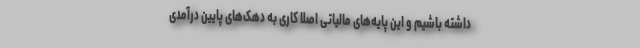
داشته باشیم و این پایه‌های مالیاتی اصلا کاری به دهک‌های پایین درآمدی